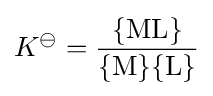
K^{\ominus }={\frac {\{\mathrm {ML} \}}{\{\mathrm {M} \}\{\mathrm {L} \}}}